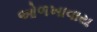
ઓળખાવાય